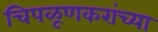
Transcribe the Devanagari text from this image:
चिपळूणकरांच्या